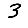
Digit: 3